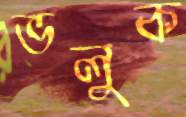
ভলুক